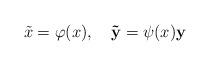
LaTeX: \begin{align*}\tilde{x}=\varphi(x),\ \ \ \mathbf{\tilde{y}}=\psi(x)\mathbf{y}\end{align*}